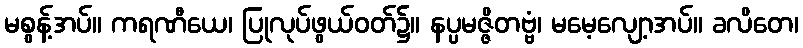
မစွန့်အပ်။ ကရဏီယေ၊ ပြုလုပ်ဖွယ်ဝတ်၌။ နပ္ပမဇ္ဇိတဗ္ဗံ၊ မမေ့လျော့အပ်။ ခလိတေ၊